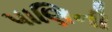
પાણિની